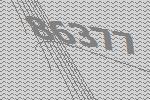
86377